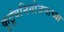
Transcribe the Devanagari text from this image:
कुटूंबनियोजनाच्या